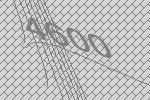
4600